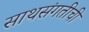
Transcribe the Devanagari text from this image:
साथसंगतीची